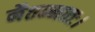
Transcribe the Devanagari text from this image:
नैतन्मातः।